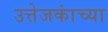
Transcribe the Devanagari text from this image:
उत्तेजकांच्या